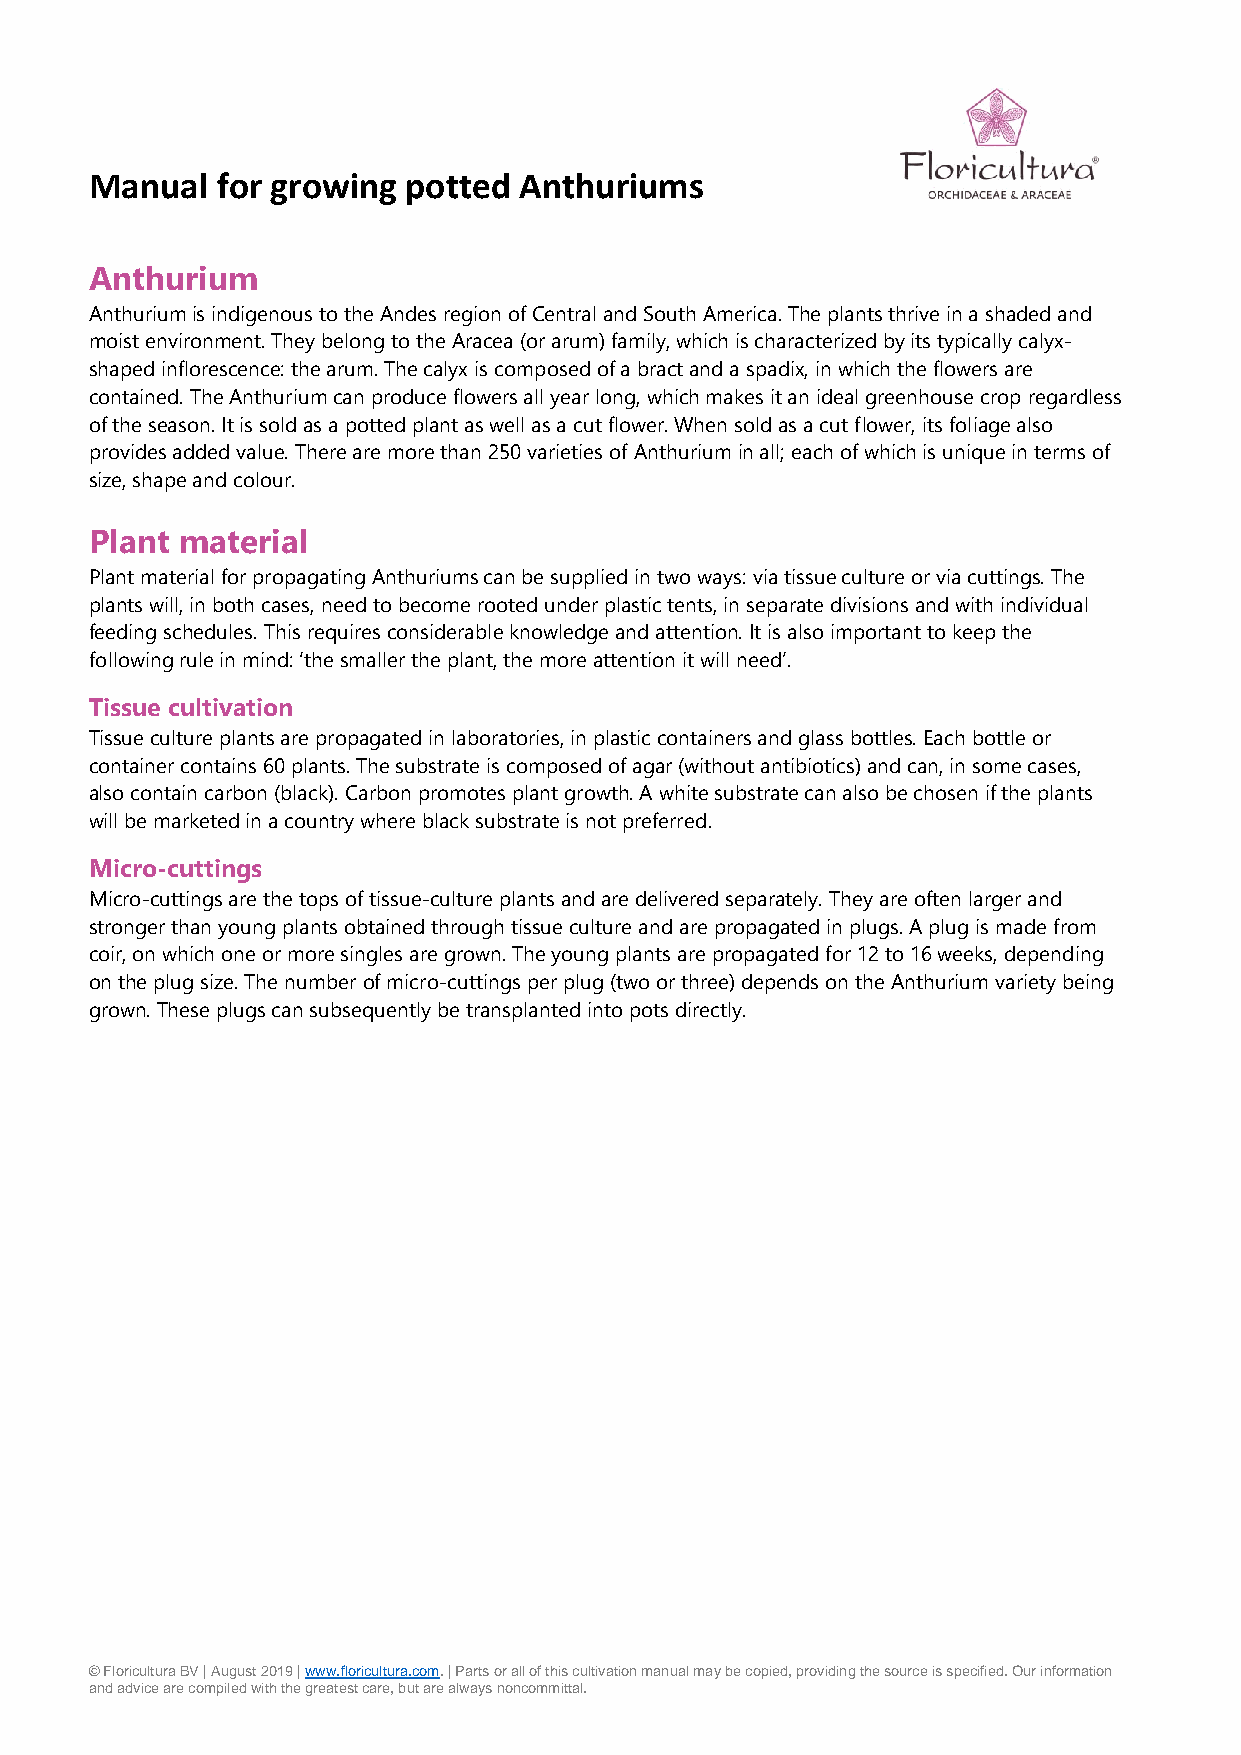
Manual  for growing  potted Anthuriums
 Anthurium
 Anthurium is indigenous to the Andes region of Central and South America. The plants thrive in a shaded and
 moist environment. They belong to the Aracea (or arum) family, which is characterized by its typically calyx-
 shaped inflorescence: the arum. The calyx is composed of a bract and a spadix, in which the flowers are
 contained. The Anthurium can produce flowers all year long, which makes it an ideal greenhouse crop regardless
 of the season. It is sold as a potted plant as well as a cut flower. When sold as a cut flower, its foliage also
 provides added value. There are more than 250 varieties of Anthurium in all; each of which is unique in terms of
 size, shape and colour.
 Plant material
 Plant material for propagating Anthuriums can be supplied in two ways: via tissue culture or via cuttings. The
 plants will, in both cases, need to become rooted under plastic tents, in separate divisions and with individual
 feeding schedules. This requires considerable knowledge and attention. It is also important to keep the
 following rule in mind: ‘the smaller the plant, the more attention it will need’.
 Tissue cultivation
 Tissue culture plants are propagated in laboratories, in plastic containers and glass bottles. Each bottle or
 container contains 60 plants. The substrate is composed of agar (without antibiotics) and can, in some cases,
 also contain carbon (black). Carbon promotes plant growth. A white substrate can also be chosen if the plants
 will be marketed in a country where black substrate is not preferred.
 Micro-cuttings
 Micro-cuttings are the tops of tissue-culture plants and are delivered separately. They are often larger and
 stronger than young plants obtained through tissue culture and are propagated in plugs. A plug is made from
 coir, on which one or more singles are grown. The young plants are propagated for 12 to 16 weeks, depending
 on the plug size. The number of micro-cuttings per plug (two or three) depends on the Anthurium variety being
 grown. These plugs can subsequently be transplanted into pots directly.
 © Floricultura BV | August 2019 | www.floricultura.com. | Parts or all of this cultivation manual may be copied, providing the source is specified. Our information
 and advice are compiled with the greatest care, but are always noncommittal.